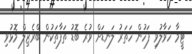
ޓީމާ ހަވާލުވި ފަހުން ހަތަރު ލަނޑަށް ވުރެ ބޮޑު ތަފާތަކުން ބްރެޒިލް މޮޅުވި